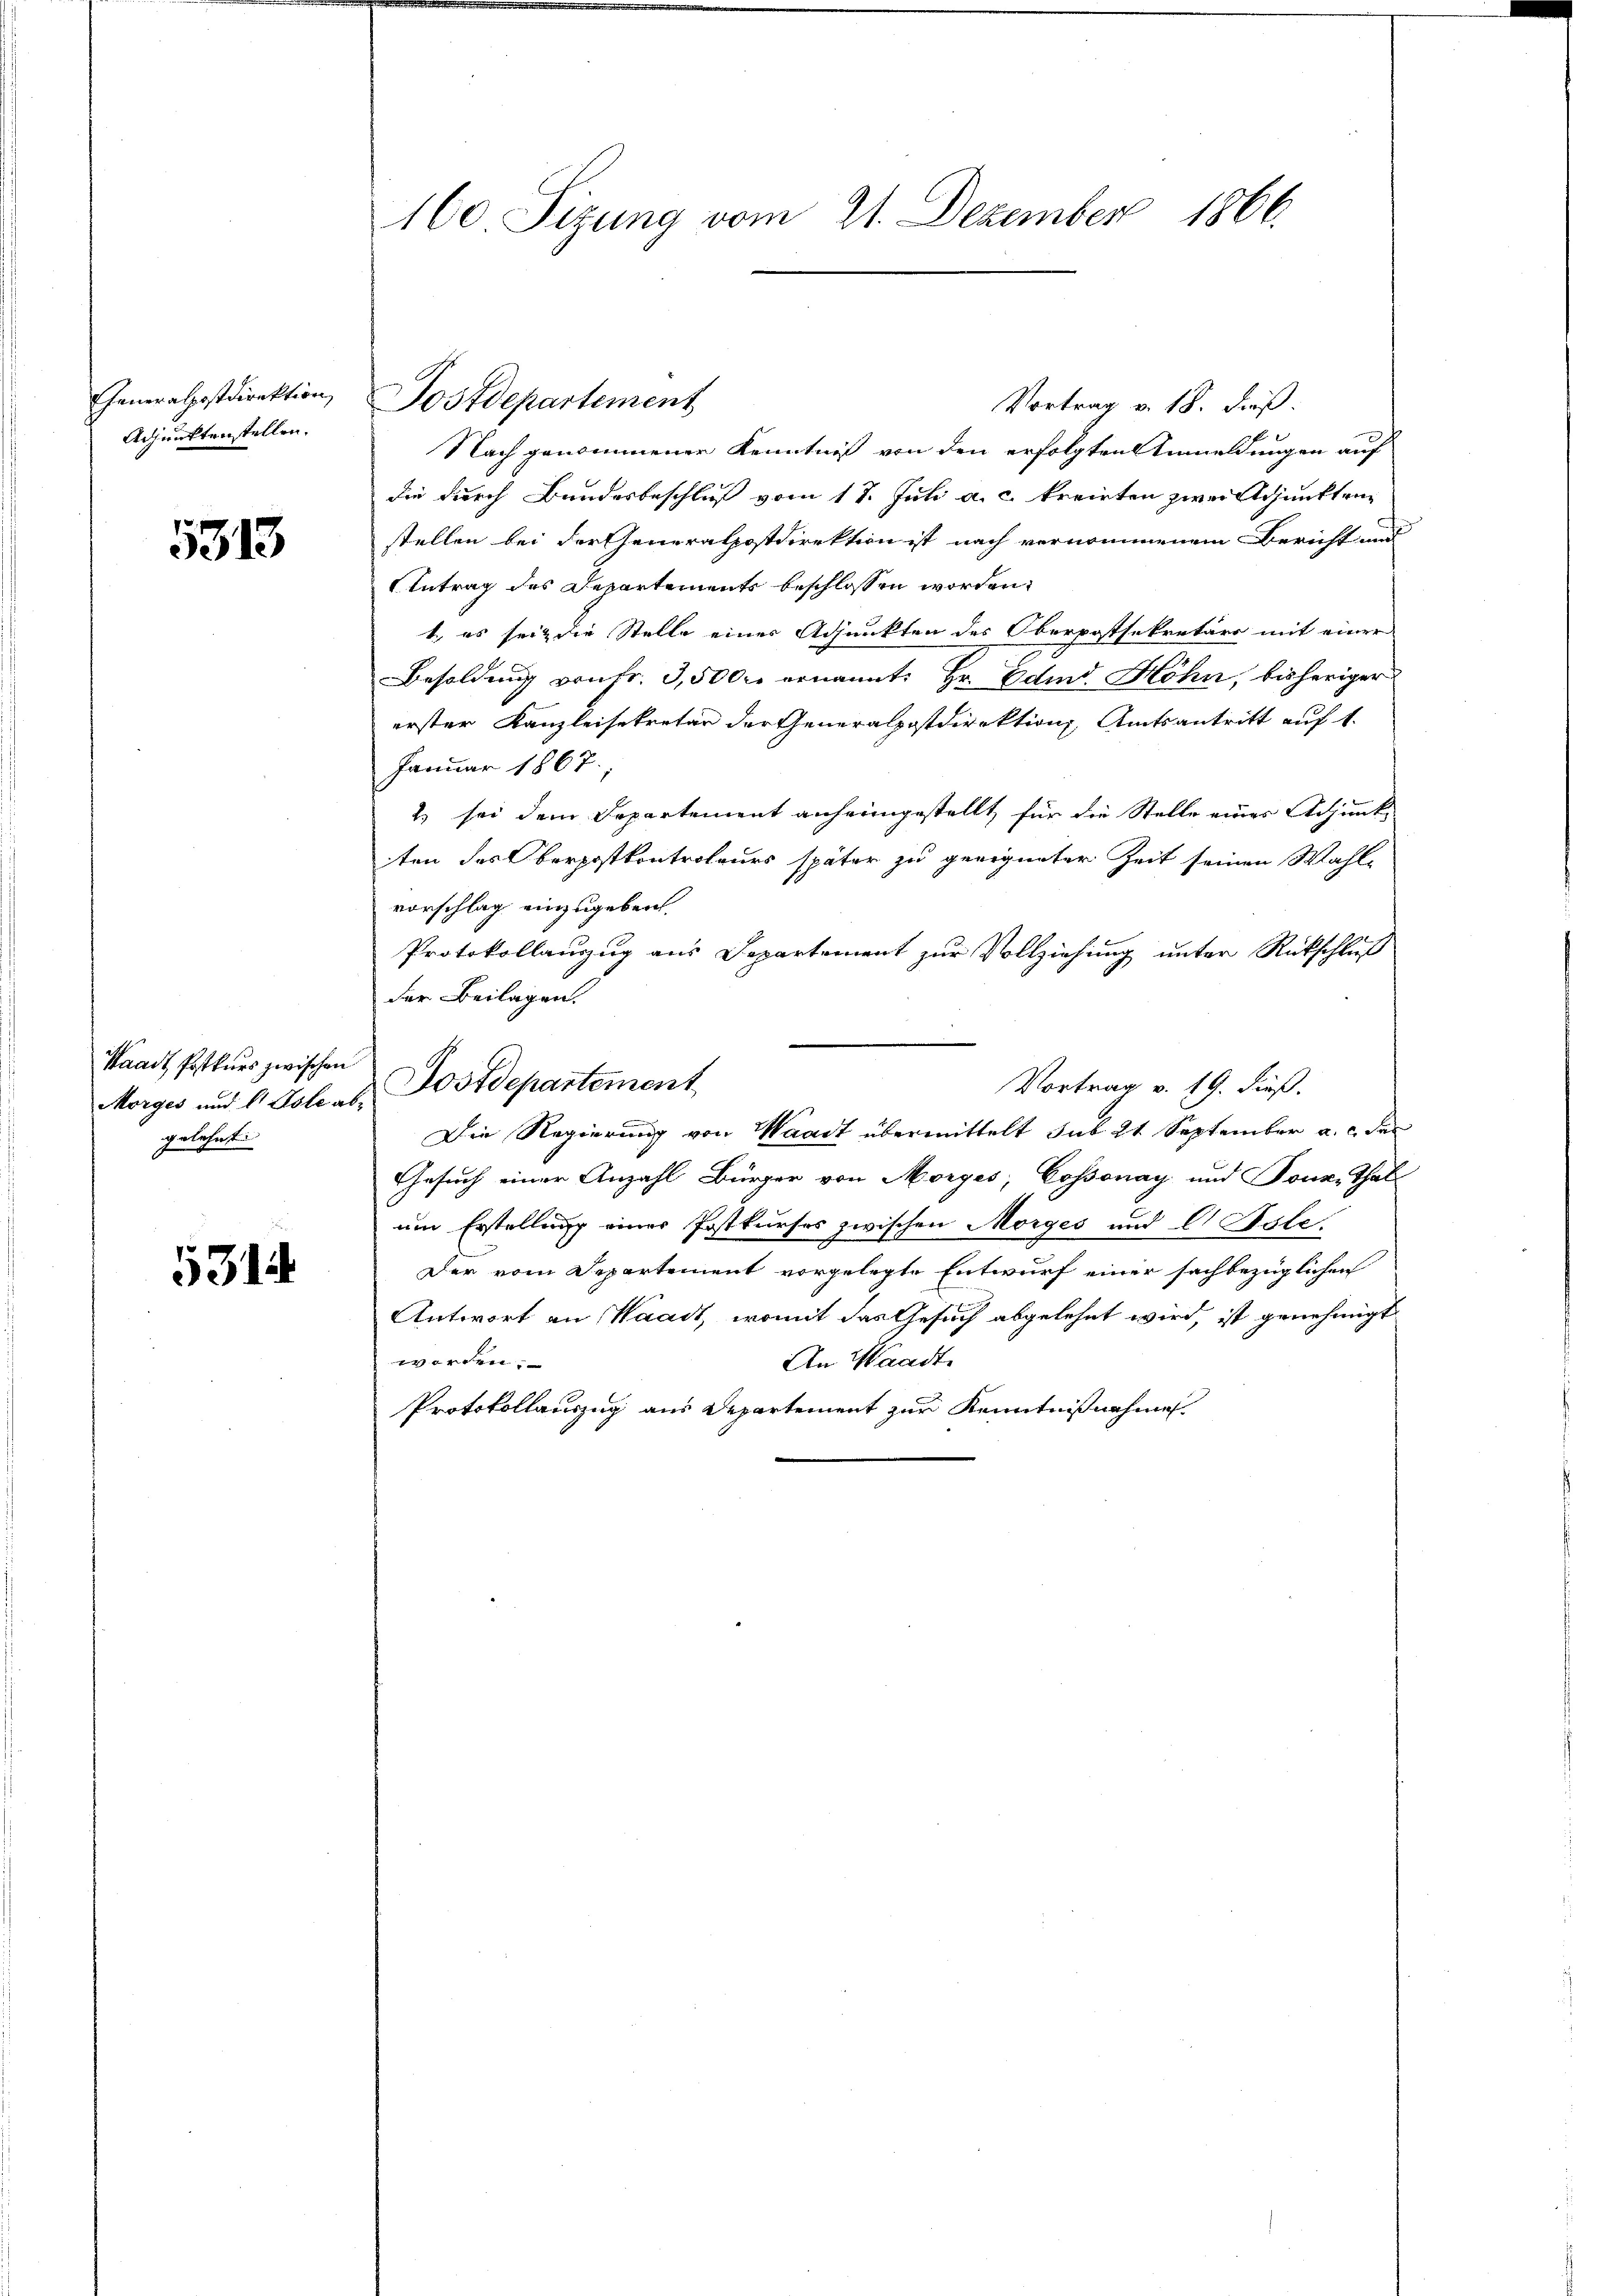
Generalpostdirektion,
Adjunktenstellen.

5313

Waadt Postkurs zwischen
gelehnt.

5314

Vortrag v. 18. dieß.
Nach genommener Kenntnis von den erfolgten Anmeldungen auf
die durch Bundesbeschluß vom 17. Juli a. c. kreisten zwei Adjunkten
stellen bei der Generalpostdirektion ist nach vernommenem Bericht und
Antrag des Departements beschlossen worden:
1., es seiz die Stelle eines Adjunkten des Oberpostsekretärs mit einer
Besoldung von fr. 3,500 ernannt. Hr. Edind. Höhn, bisheriger
erster Kanzleisekretär der Generalpostdirektion Amtsantritt auf 1.
Januar 1867.
2) sei dem Departement anheimgestellt, für die Stelle eines Adjunkten des Oberpostkontroleurs später zu geeigneter Zeit seinen Wahl-
vorschlag einzugeben.
Protokollanzug aus Departement zur Vollziehung unter Rückschluß
der Beilagen.
Vortrag v. 19. dieß.
Morges und b. Aste ab, Postdepartement
Die Regierung von Waadt übermittelt sub 21 September a. c. des
Gesuch einer Anzahl Bürger von Morges; Cossonay und Tour, That
um Erstellung einer Postkurses zwischen Morges und C. Oste
Der vom Departement vorgelegte Entwurf einer sachbezüglichen
Antwort an Waadt, womit das Gesuch abgelehnt wird, ist genehmigt
An Waadt
worden.
Protokollanzug aus Departement zur Kenntnißnahme

160 Sizung vom 21. Dezember 1866.

Postdepartement